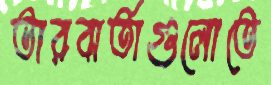
তারবার্তাগুলোতে